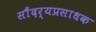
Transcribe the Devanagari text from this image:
सौंदर्यप्रसाधक